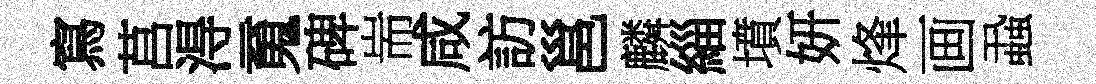
寫莒淂䰟碑耑咸訪邕麟緇墳妍烽画蝨